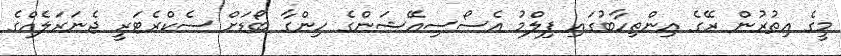
މީގެ އިތުރުން ރޭގެ އިންތިހާބުގައި ފިލްމު އެސޯސިއޭޝަންގެ ހިންގާ ބޯޑަށް ސެކްރެޓަރީ ޖެނަރަލެއްގެ